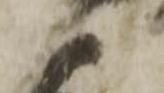
御